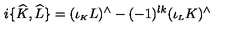
i \{ \widehat { K } , \widehat { L } \} = ( \iota _ { \scriptscriptstyle K } L ) ^ { \wedge } - ( - 1 ) ^ { l k } ( \iota _ { \scriptscriptstyle L } K ) ^ { \wedge }